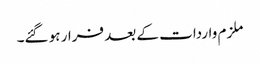
ملزم واردات کے بعد فرار ہو گئے۔